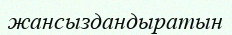
жансыздандыратын